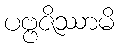
ပဗ္ဗဇိဿာမိ